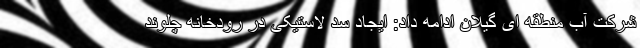
شرکت آب منطقه ای گیلان ادامه داد: ایجاد سد لاستیکی در رودخانه چلوند